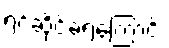
ရင်ဆိုင်ခဲ့ရကြောင်း